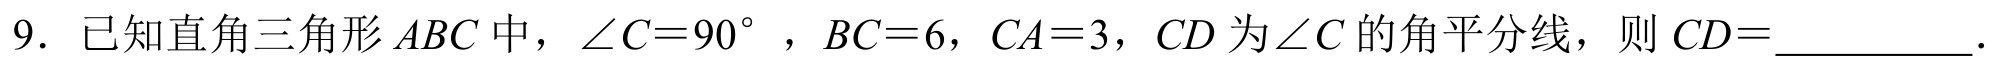
9. 已知直角三角形\(ABC\)中，\(\angle C = 90^{\circ}\)，\(BC = 6\)，\(CA = 3\)，\(CD\)为\(\angle C\)的角平分线，则 \(CD=\_\_\_\_\_\_\)。